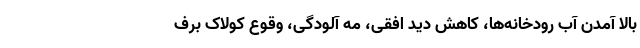
بالا آمدن آب رودخانه‌ها، کاهش دید افقی، مه آلودگی، وقوع کولاک برف